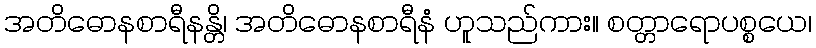
အတိဓောနစာရီနန္တိ၊ အတိဓောနစာရီနံ ဟူသည်ကား။ စတ္တာရောပစ္စယေ၊